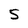
Character: s